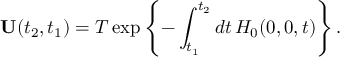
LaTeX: \mathbf { U } ( t _ { 2 } , t _ { 1 } ) = T \exp \left\{ - \int _ { t _ { 1 } } ^ { t _ { 2 } } d t \, H _ { 0 } ( 0 , 0 , t ) \right\} .